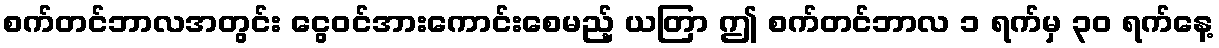
စက်တင်ဘာလအတွင်း ငွေဝင်အားကောင်းစေမည့် ယတြာ ဤ စက်တင်ဘာလ ၁ ရက်မှ ၃၀ ရက်နေ့